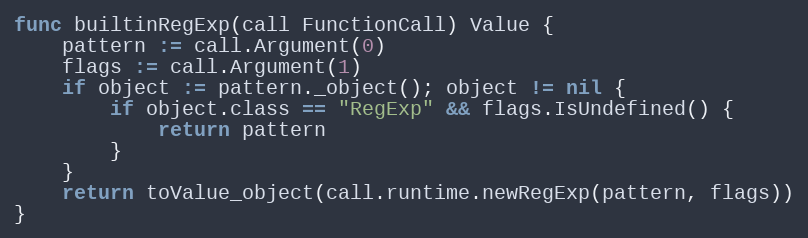
Language: Go
func builtinRegExp(call FunctionCall) Value {
	pattern := call.Argument(0)
	flags := call.Argument(1)
	if object := pattern._object(); object != nil {
		if object.class == "RegExp" && flags.IsUndefined() {
			return pattern
		}
	}
	return toValue_object(call.runtime.newRegExp(pattern, flags))
}